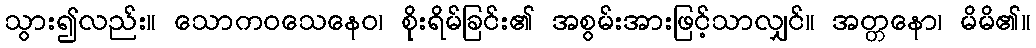
သွား၍လည်း။ သောကဝသေနေဝ၊ စိုးရိမ်ခြင်း၏ အစွမ်းအားဖြင့်သာလျှင်။ အတ္တနော၊ မိမိ၏။